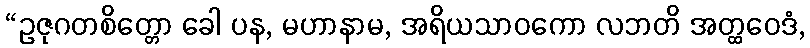
“ဥဇုဂတစိတ္တော ခေါ ပန, မဟာနာမ, အရိယသာဝကော လဘတိ အတ္ထဝေဒံ,